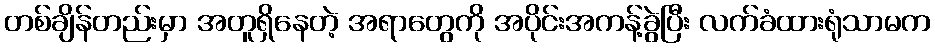
တစ်ချိန်တည်းမှာ အတူရှိနေတဲ့ အရာတွေကို အပိုင်းအကန့်ခွဲပြီး လက်ခံထားရုံသာမက